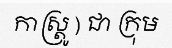
កាស្ត្រូ ) ជា ក្រុម